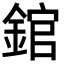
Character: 錧